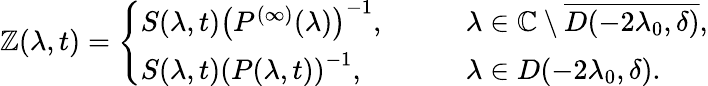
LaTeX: \mathbb{Z}(\lambda,t)=\left\{ \begin{array}{ll}{S(\lambda,t)\left(P^{(\infty)}(\lambda)\right)^{-1},}&{\qquad\lambda\in\mathbb{C}\setminus\overline{{D(-2\lambda_{0},\delta)}},}\\ {S(\lambda,t)\left(P(\lambda,t)\right)^{-1},}&{\qquad\lambda\in D(-2\lambda_{0},\delta).}\end{array}\right.